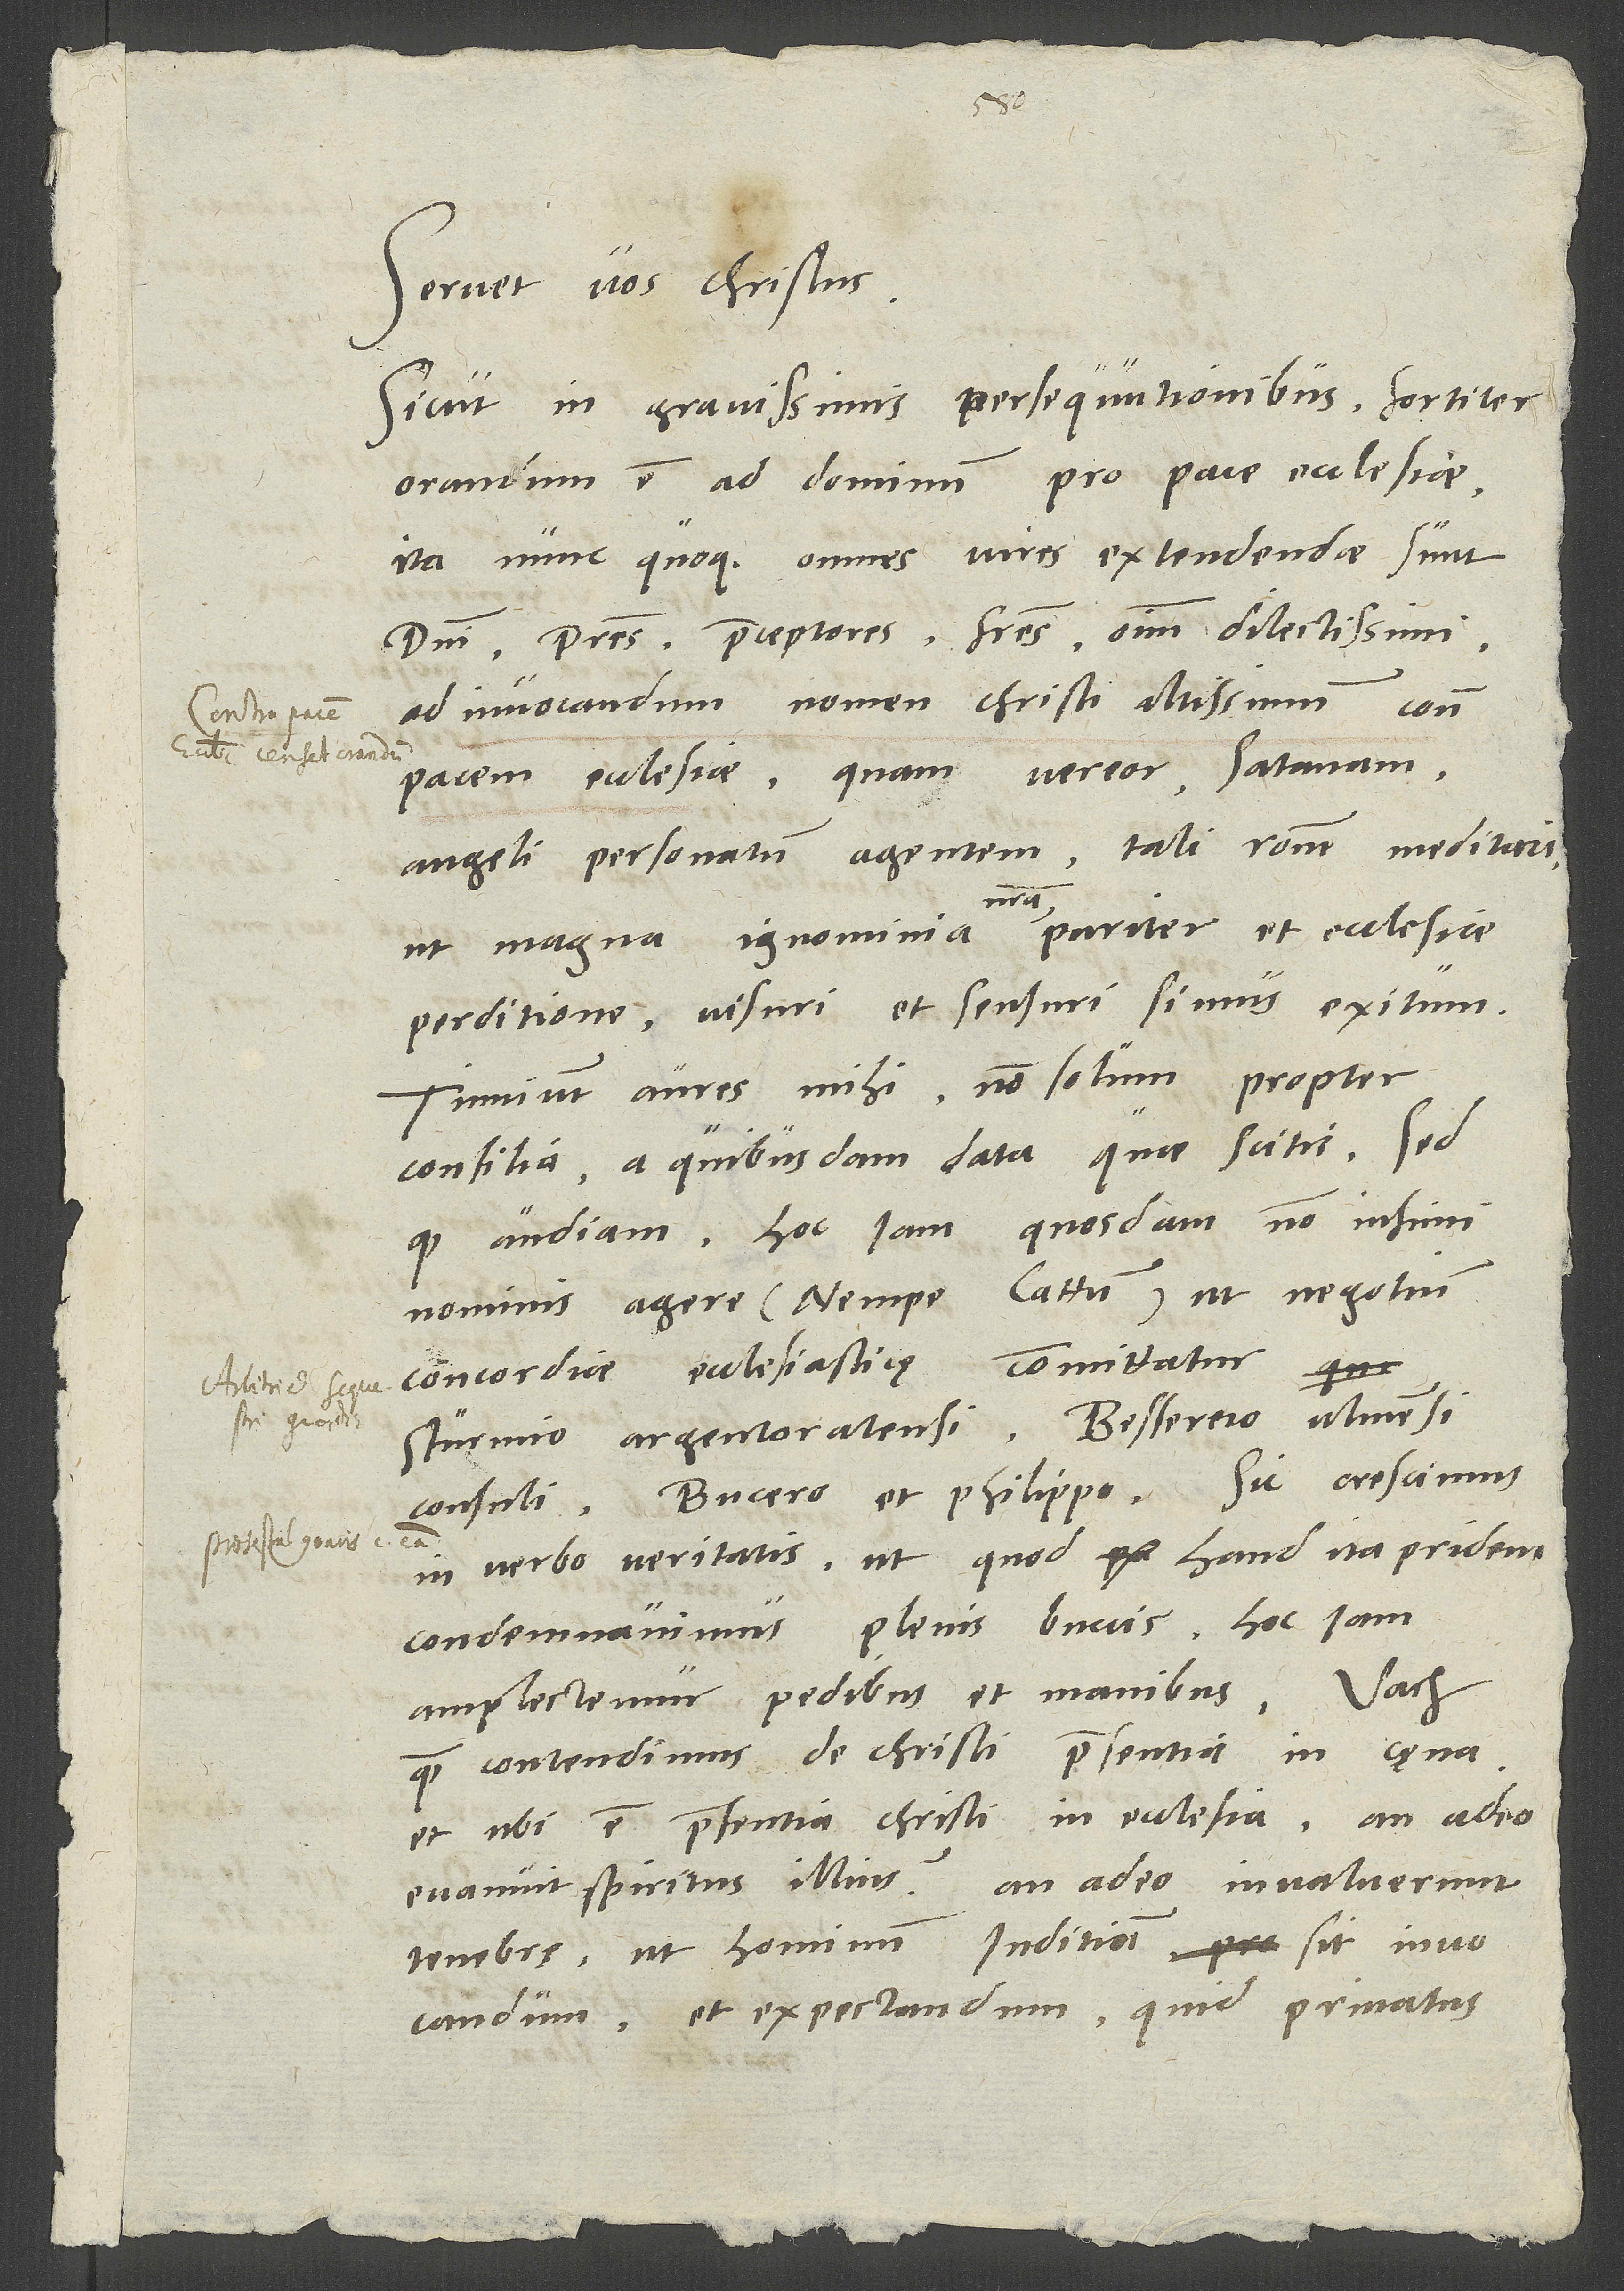
Servet vos Christus.
Sicut in gravissimis persequutionibus fortiter
orandum est ad dominum pro pace ecclesiae,
ita nunc quoque omnes vires extendendae sunt,
domini, patres, praeceptores, fratres omnium dilectissimi,
ad invocandum nomen Christi altissimum contra
pacem ecclesiae, quam vereor satanam
angeli personatum agentem tali ratione meditari,
nostri
perditione visuri et sensuri simus exitum.
Tinniunt aures mihi non solum propter
consilia a quibusdam data, quae scitis, sed
quod audiam hoc iam quosdam non infimi
nominis agere, nempe Cattum, ut negotium
concordiae ecclesiasticae committatur
Sturmio Argentoratensi 9,, Besserero Ulmensi
consuli, Bucero et Philippo. Sic crescimus
in verbo veritatis, ut quod haud ita pridem
condemnavimus plenis buccis, hoc iam
amplectemur pedibus et manibus. Vach,
quam contendimus de Christi praesentia in caena!
Et ubi est praesentia Christi in ecclesia, an adeo
evanuit spiritus illius? An adeo invaluerunt
tenebrę, ut hominum iuditium sit invocandum
et expectandum, quid privatus